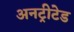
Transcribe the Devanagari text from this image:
अनट्रीटेड